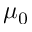
\mu _ { 0 }